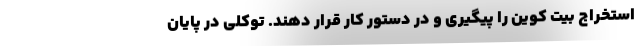
استخراج بیت کوین را پیگیری و در دستور کار قرار دهند. توکلی در پایان